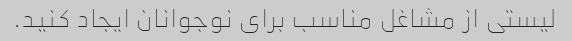
لیستی از مشاغل مناسب برای نوجوانان ایجاد کنید.